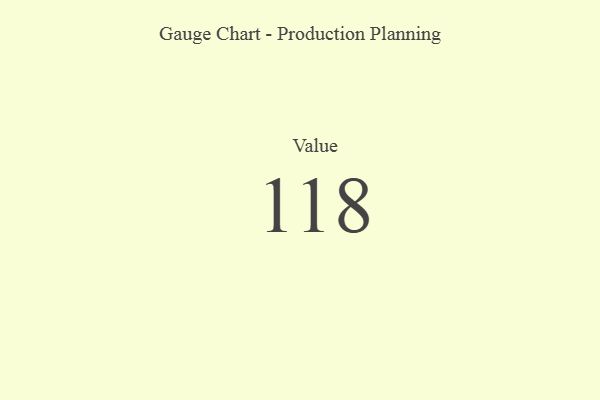
{"axis": {"x": "Metric", "y": "Value"}, "legend": [""], "data": [{"x": "Value", "y": 118, "type": ""}]}